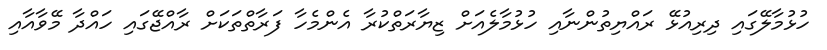
ހުޅުމާލޭގައި ދިރިއުޅޭ ރައްޔިތުންނާއި ހުޅުމާލެއަށް ޒިޔާރަތްކުރާ އެންމެހާ ފަރާތްތަކަށް ރާއްޖޭގައި ހައްދާ މޭވާއާއި